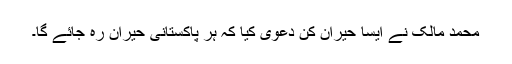
محمد مالک نے ایسا حیران کن دعویٰ کیا کہ ہر پاکستانی حیران رہ جائے گا۔